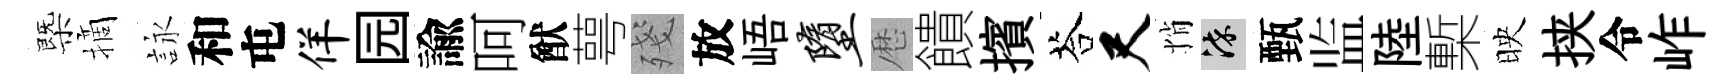
㮣摘詠和屯佯园諭呵猷萼殘放峿堕厯饋擯荅尺悄染甄监陸槧映挟令岞